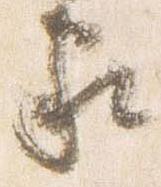
家